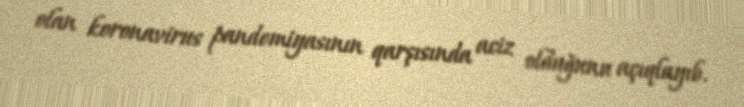
olan koronavirus pandemiyasının qarşısında aciz olduğunu açıqlayıb.